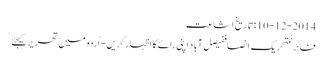
10-12-2014 :تاریخ اشاعت
فائرنگتحریک انصاففیصل آباد اپنی رائے کا اظہار کریں - اُردو میں تحریر کیجئے